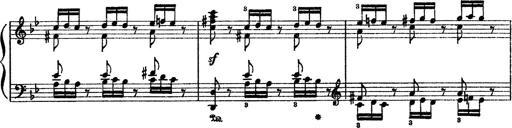
Title: Sarabande und Chaconne aus dem Singspiel
Composer: Franz Liszt